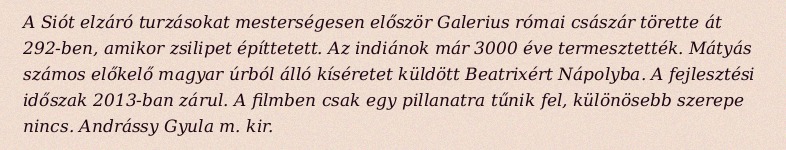
A Siót elzáró turzásokat mesterségesen először Galerius római császár törette át 292-ben, amikor zsilipet építtetett. Az indiánok már 3000 éve termesztették. Mátyás számos előkelő magyar úrból álló kíséretet küldött Beatrixért Nápolyba. A fejlesztési időszak 2013-ban zárul. A filmben csak egy pillanatra tűnik fel, különösebb szerepe nincs. Andrássy Gyula m. kir.